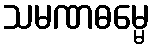
သမဏဓမ္မေ